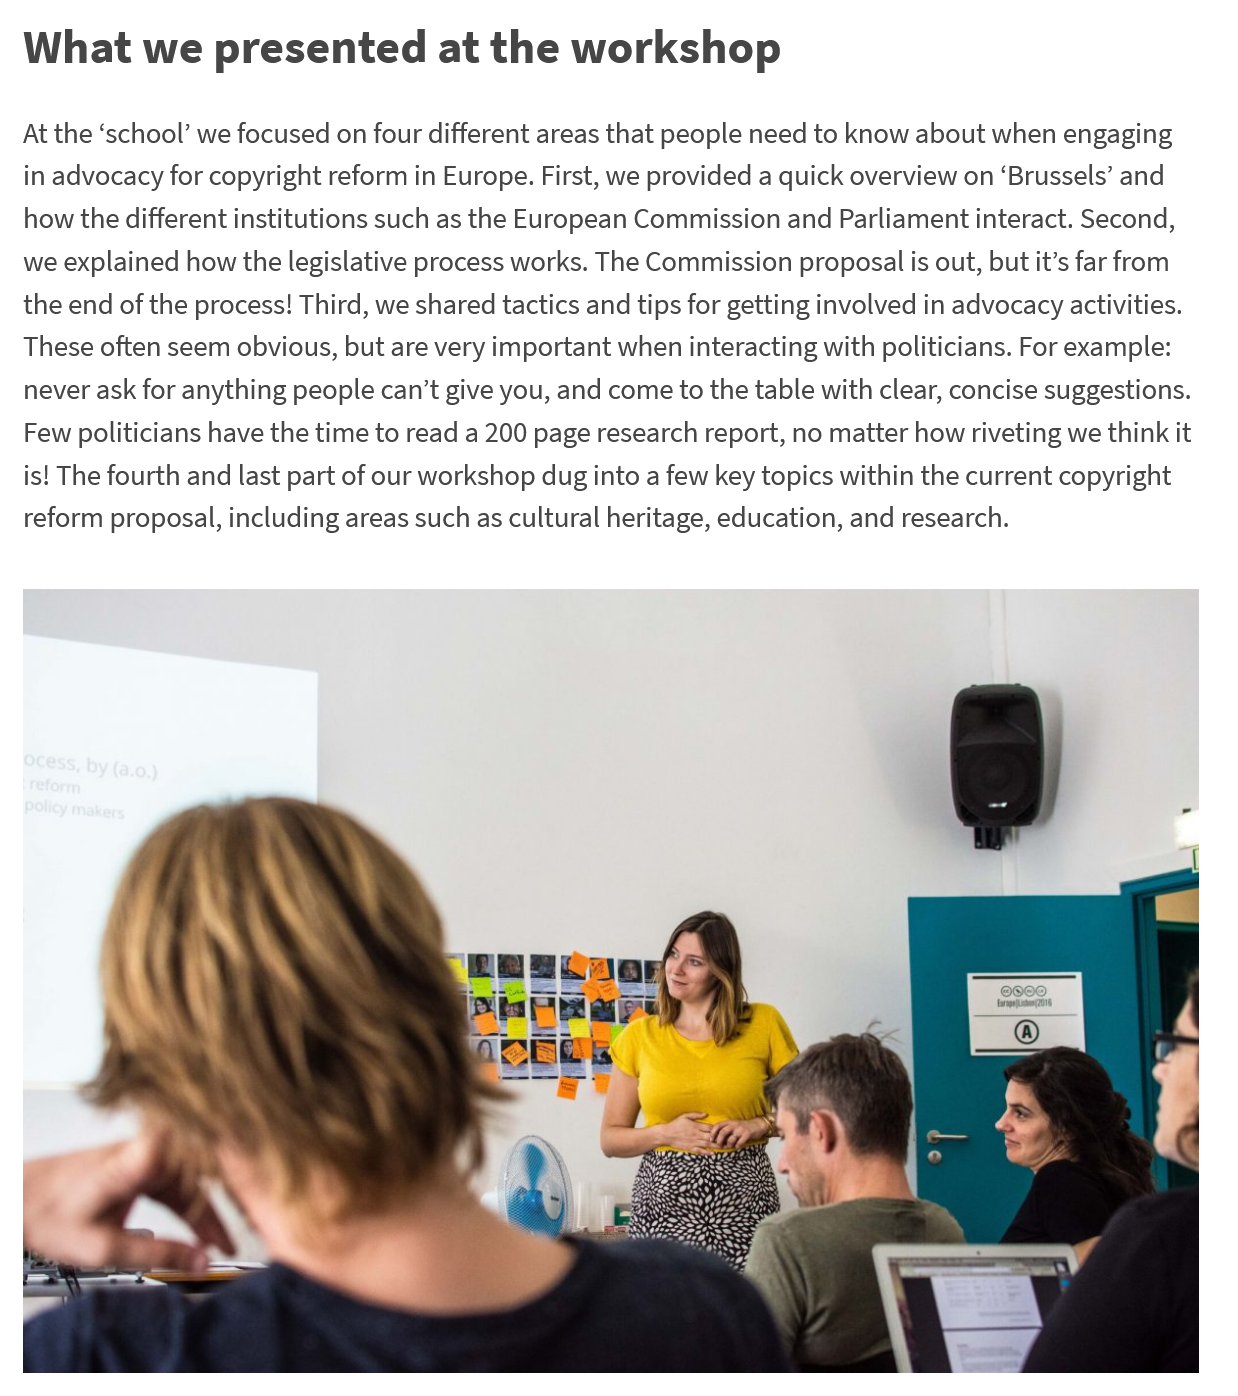
At the ‘school’ we focused on four different areas that people need to know about when engaging
  in advocacy for copyright reform in Europe. First, we provided a quick overview on ‘Brussels’ and
  how the different institutions such as the European Commission and Parliament interact. Second,
  we explained how the legislative process works. The Commission proposal is out, but it’s far from
  the end of the process! Third, we shared tactics and tips for getting involved in advocacy activities.
  These often seem obvious, but are very important when interacting with politicians. For example:
  never ask for anything people can’t give you, and come to the table with clear, concise suggestions.
  Few politicians have the time to read a 200 page research report, no matter how riveting we think it
  is! The fourth and last part of our workshop dug into a few key topics within the current copyright
  reform proposal, including areas such as cultural heritage, education, and research.
  What   we   presented    at  the   workshop